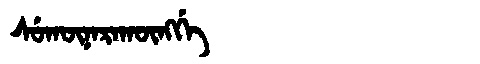
Manchu: ᠰᡠᡴᡡᠨᠠᡵᠠᡴᡡᠩᡤᡝ
Romanization: SUKŪNARAKŪNGGE